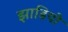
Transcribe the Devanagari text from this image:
झाडियो